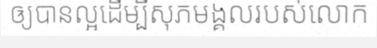
ឲ្យបានល្អដើម្បីសុភមង្គលរបស់លោក